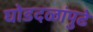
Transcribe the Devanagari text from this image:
घोडदळांपुढे